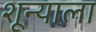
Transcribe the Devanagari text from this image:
शून्याला